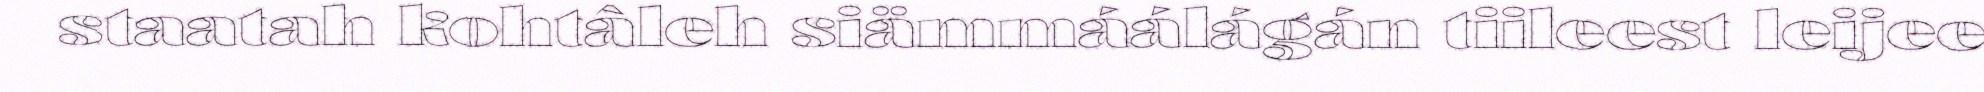
staatah kohtâleh siämmáálágán tiileest leijee